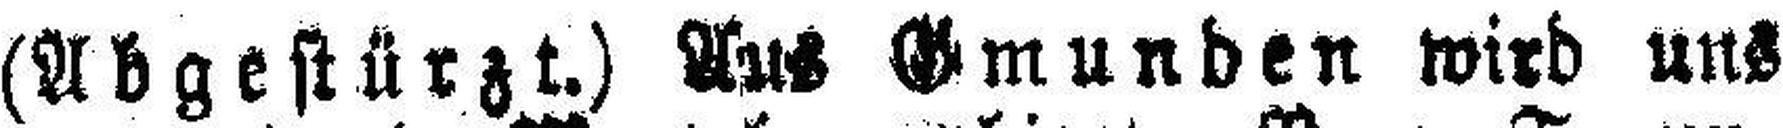
(Abgestürzt.) Aus Gmunden wird uns